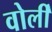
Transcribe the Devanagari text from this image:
वोर्ली